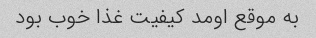
به موقع اومد کیفیت غذا خوب بود